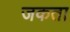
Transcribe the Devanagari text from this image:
जकता